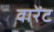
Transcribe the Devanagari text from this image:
वारेंट